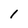
Character: 1